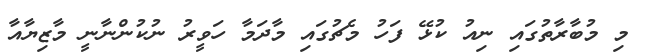
މި މުބާރާތުގައި ނިއު ކުޅޭ ފަހު މެޗުގައި މާދަމާ ހަވީރު ނުކުންނާނީ މާޒިޔާއާ